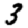
Digit: 3